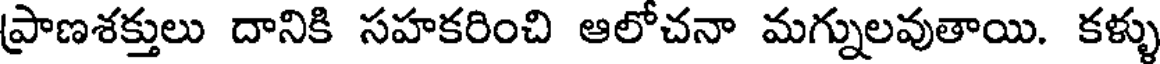
ప్రాణశక్తులు దానికి సహకరించి ఆలోచనా మగ్నులవుతాయి. కళ్ళు